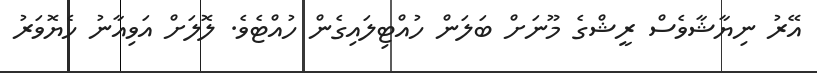
އޭރު ނިޔާޝާވެސް ރީޝްގެ މޫނަށް ބަލަން ހުއްޓިލައިގެން ހުއްޓެވެ. ލޮލަށް އަވިއާނު ހެޔޮވަރު